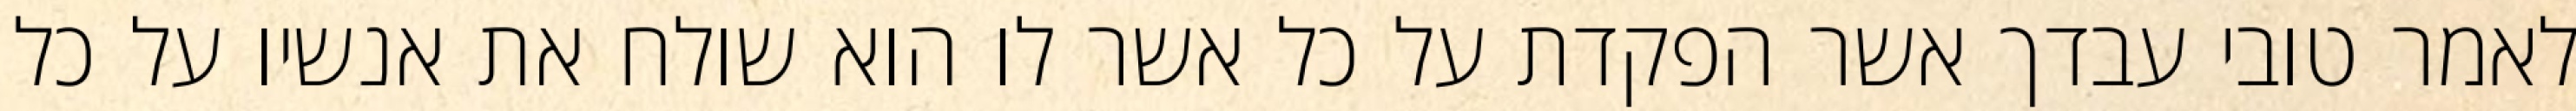
לאמר טובי עבדך אשר הפקדת על כל אשר לו הוא שולח את אנשיו על כל